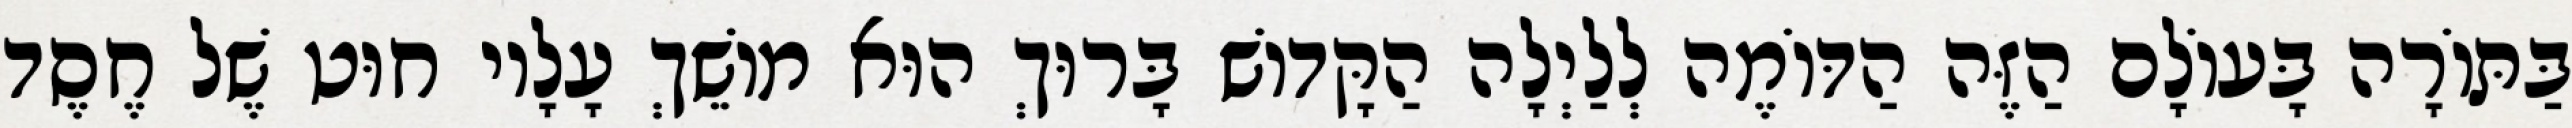
בַּתּוֹרָה בָּעוֹלָם הַזֶּה הַדּוֹמֶה לְלַיְלָה הַקָּדוֹשׁ בָּרוּךְ הוּא מוֹשֵׁךְ עָלָיו חוּט שֶׁל חֶסֶד